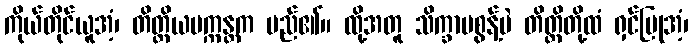
ကိုယ်တိုင်ယူအံ့၊ တိတ္တိယပက္ကန္တက မည်၏။ ထို့အတူ သိက္ခာမစွန့်ပဲ တိတ္ထိတို့ထံ ရှင်ပြုအံ့၊